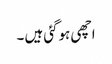
اچھی ہوگئی ہیں ۔